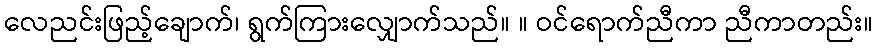
လေညင်းဖြည့်ချောက်၊ ရွက်ကြားလျှောက်သည်။ ။ ဝင်ရောက်ညီကာ ညီကာတည်း။